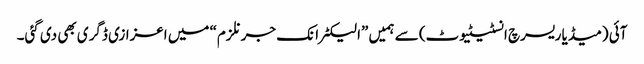
آئی (میڈیا ریسرچ انسٹیٹیوٹ) سے ہمیں ”الیکٹرانک جرنلزم“ میں اعزازی ڈگری بھی دی گئی۔